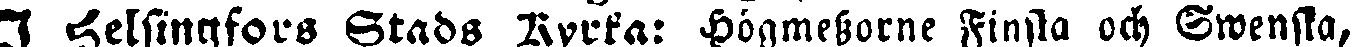
I Helsingfors Stads Kyrka: Högmessorne Finska och Swenska,